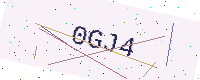
Text: 0GJ4